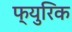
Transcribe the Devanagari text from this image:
फ्युरिक